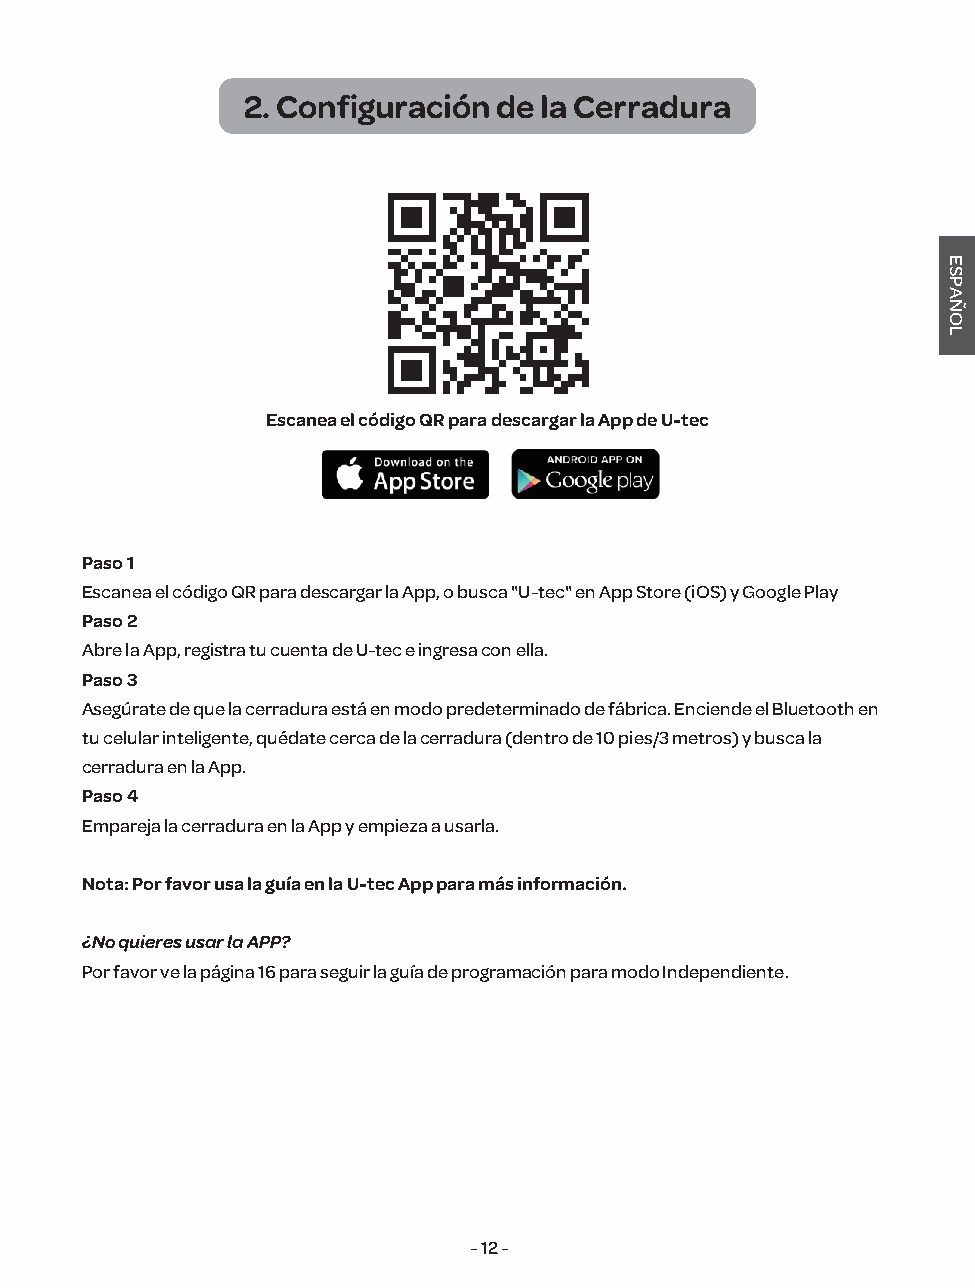
2. Configuración de la Cerradura
 Escanea el código QR para descargar la App de U-tec
 Paso 1
 Escanea el código QR para descargar la App, o busca "U-tec" en App Store (iOS) y Google Play
 Paso 2
 Abre la App, registra tu cuenta de U-tec e ingresa con ella.
 Paso 3
 Asegúrate de que la cerradura está en modo predeterminado de fábrica. Enciende el Bluetooth en
 tu celular inteligente, quédate cerca de la cerradura (dentro de 10 pies/3 metros) y busca la
 cerradura en la App.
 Paso 4
 Empareja la cerradura en la App y empieza a usarla.
 Nota: Por favor usa la guía en la U-tec App para más información.
 ¿No quieres usar la APP?
 Por favor ve la página 16 para seguir la guía de programación para modo Independiente.
 - 12 -
 ESPAÑOL